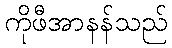
ကိုဖီအာနန်သည်